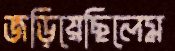
জড়িয়েছিলেম